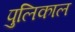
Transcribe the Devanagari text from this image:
पुलिकाल